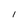
Character: 1